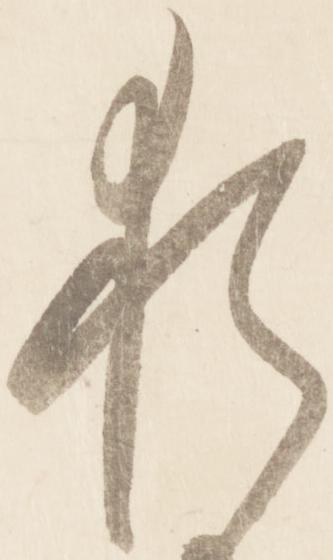
猶